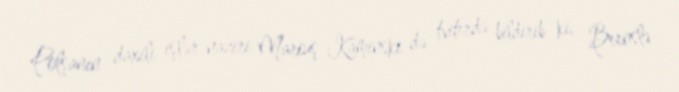
Polşanın daxili işlər naziri Mariuş Kaminski də tviterdə bildirib ki, Bernslə